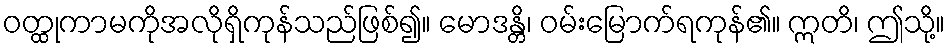
ဝတ္ထုကာမကိုအလိုရှိကုန်သည်ဖြစ်၍။ မောဒန္တိ၊ ဝမ်းမြောက်ရကုန်၏။ ဣတိ၊ ဤသို့။